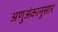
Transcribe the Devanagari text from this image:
अणुअंकानुसार